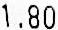
1.80